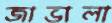
জাভালা